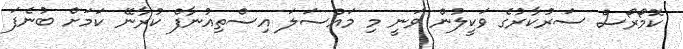
ކޮމޯރޯސް ސަރުކާރުގެ ވަކީލުން ވަނީ މި މައްސަލަ އިސްތިއުނާފް ކުރާނޭ ކަމަށް ބުނެފަ